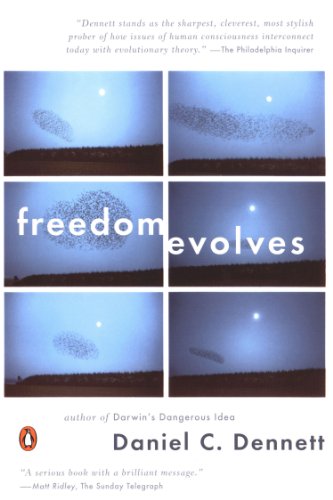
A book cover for Freedom Evolves; Daniel C. Dennett; Politics & Social Sciences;